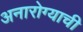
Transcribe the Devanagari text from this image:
अनारोग्याची